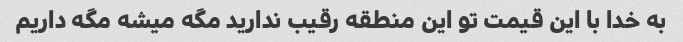
به خدا با این قیمت تو این منطقه رقیب ندارید مگه میشه مگه داریم